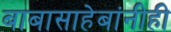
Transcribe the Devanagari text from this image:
बाबासाहेबांनीही